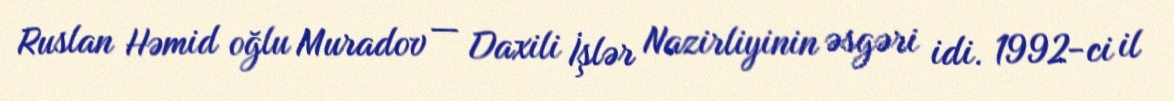
Ruslan Həmid oğlu Muradov — Daxili İşlər Nazirliyinin əsgəri idi. 1992-ci il